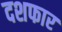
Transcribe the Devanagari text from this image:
दशफार